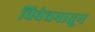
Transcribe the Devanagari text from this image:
विवेचनातून